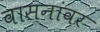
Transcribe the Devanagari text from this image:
वासनांवर